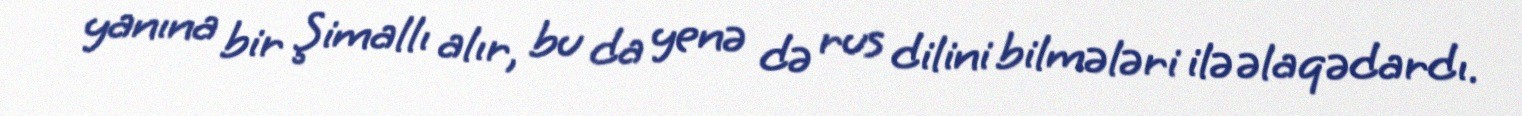
yanına bir Şimallı alır, bu da yenə də rus dilini bilmələri ilə əlaqədardı.